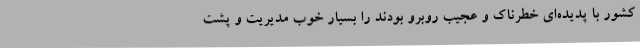
کشور با پدیده‌ای خطرناک و عجیب روبرو بودند را بسیار خوب مدیریت و پشت